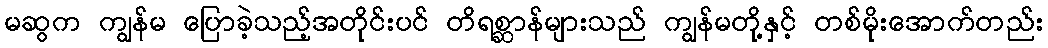
မဆွက ကျွန်မ ပြောခဲ့သည့်အတိုင်းပင် တိရစ္ဆာန်များသည် ကျွန်မတို့နှင့် တစ်မိုးအောက်တည်း